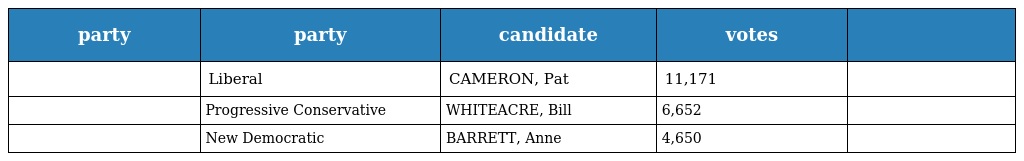
| party | party | candidate | votes |  |
 | --- | --- | --- | --- | --- |
 |  | Liberal | CAMERON, Pat | 11,171 |  |
 |  | Progressive Conservative | WHITEACRE, Bill | 6,652 |  |
 |  | New Democratic | BARRETT, Anne | 4,650 |  |